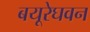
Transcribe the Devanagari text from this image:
बयूरेघवन